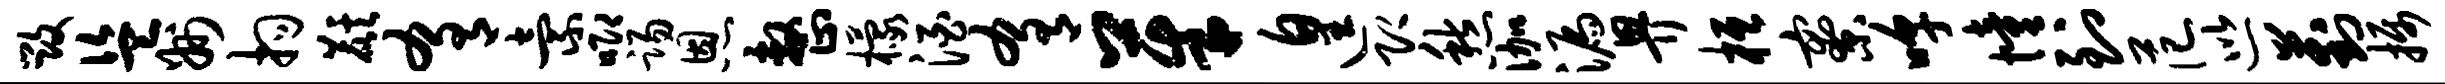
毁盗州拘麒肴索唧踢恩整檬酒肴茱遑即愁伽漏畀桓寮嗥憧到范巡葑摄